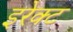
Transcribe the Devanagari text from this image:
इरेक्ट